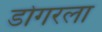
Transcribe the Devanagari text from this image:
डोगरला